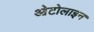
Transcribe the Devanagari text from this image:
ओटोलाइन